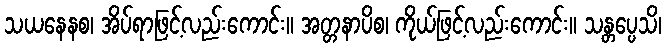
သယနေနစ၊ အိပ်ရာဖြင့်လည်းကောင်း။ အတ္တနာပိစ၊ ကိုယ်ဖြင့်လည်းကောင်း။ သန္တပ္ပေသိ၊